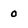
Character: o